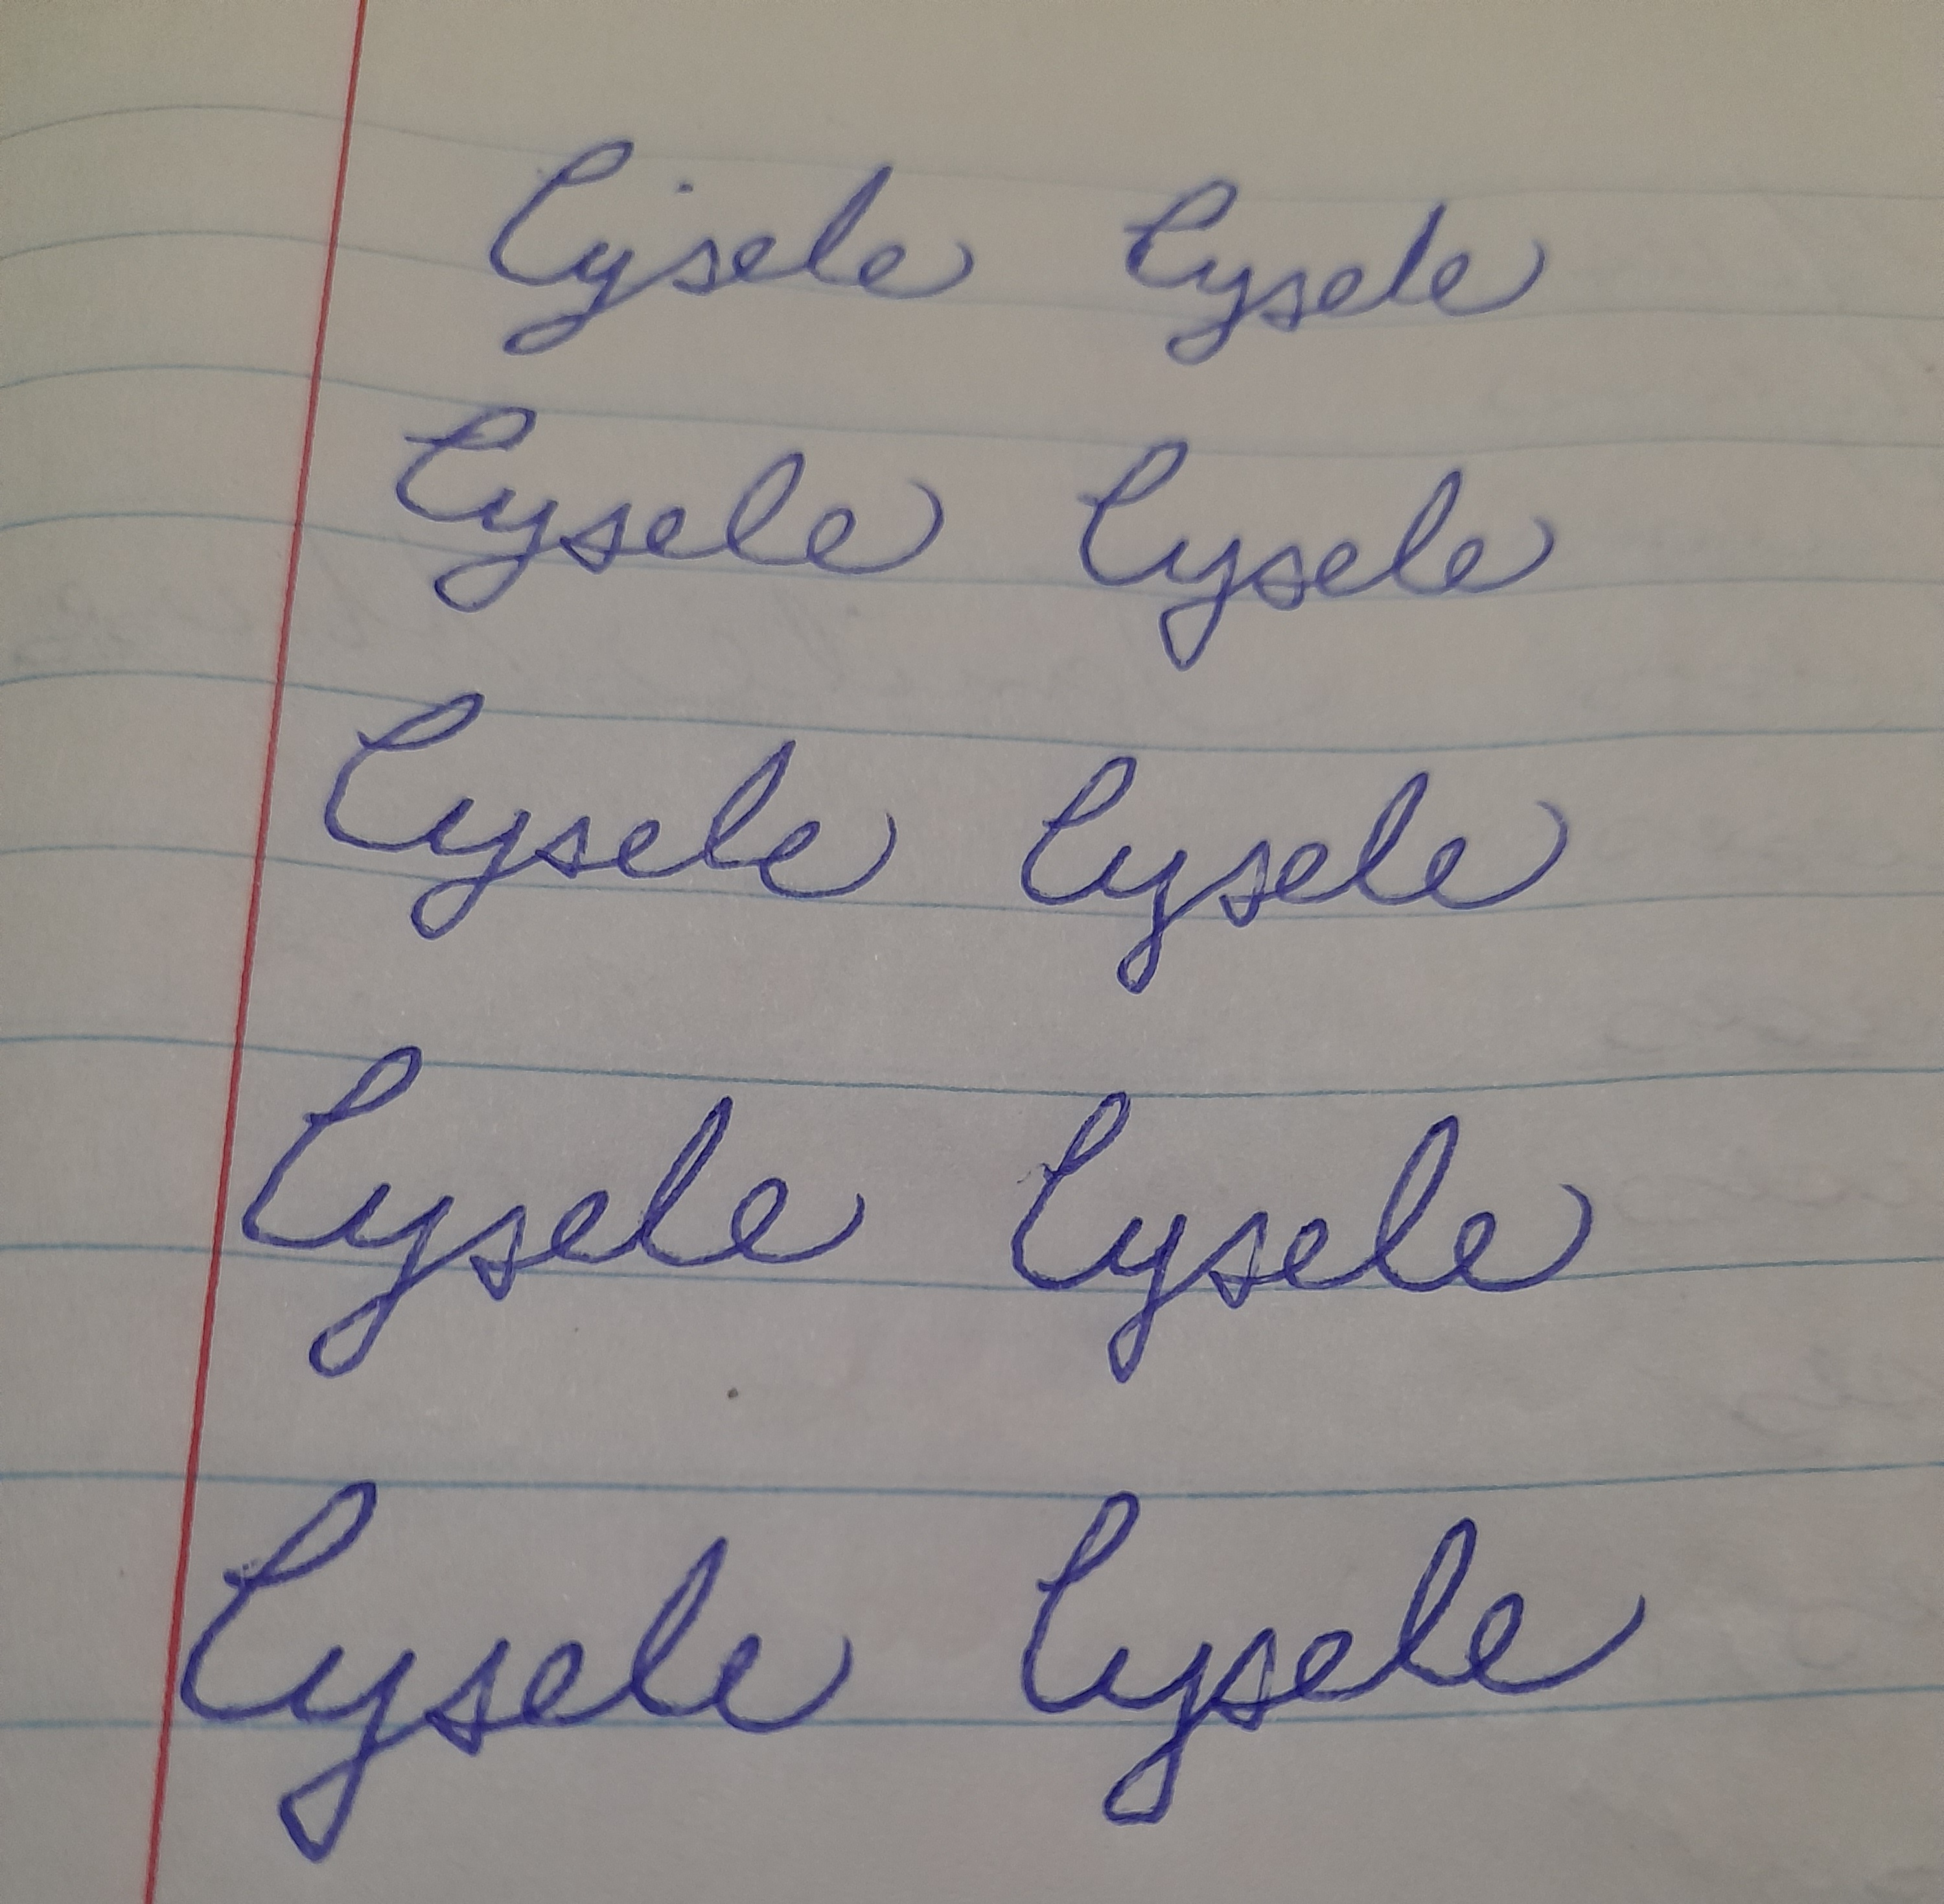
Signature authenticity: forged